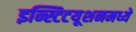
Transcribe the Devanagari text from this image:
इन्स्टिटयूशनमध्ये